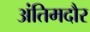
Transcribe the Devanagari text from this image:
अंतिमदौर